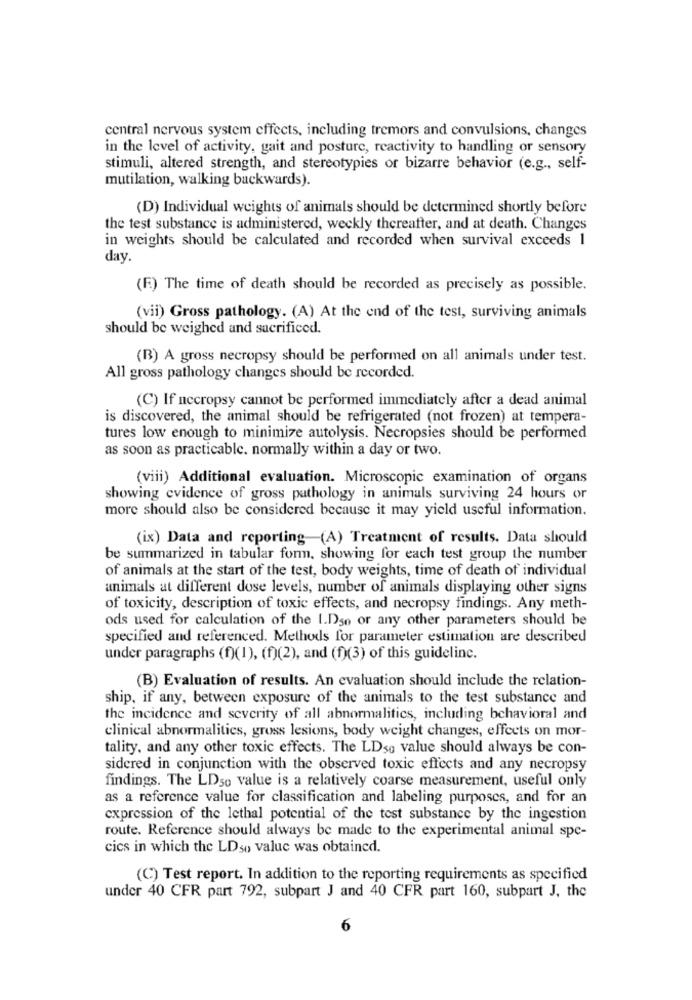
central nervous system effects, including tremors and convulsions, changes
in the level of activity, gait and posture, reactivity to handling or sensory
stimuli, altered strength, and stereotypies or bizarre behavior (e.g ., self-
mutilation, walking backwards).
(D) Individual weights of animals should be determined shortly before
the test substance is administered, weckly thereafter, and at death. Changes
in weights should be calculated and recorded when survival exceeds 1
day.
(F.) The time of death should be recorded as precisely as possible.
(vii) Gross pathology. (A) At the end of the test, surviving animals
should be weighed and sacrificed.
(B) A gross necropsy should be performed on all animals under test.
All gross pathology changes should be recorded.
(C) If necropsy cannot be performed immediately after a dead animal
is discovered, the animal should be refrigerated (not frozen) at tempera-
tures low enough to minimize autolysis. Necropsies should be performed
as soon as practicable. normally within a day or two.
(viii) Additional evaluation. Microscopic examination of organs
showing evidence of gross pathology in animals surviving 24 hours or
more should also be considered because it may yield useful information.
(ix) Data and reporting-(A) Treatment of results. Data should
be summarized in tabular form, showing for each test group the number
of animals at the start of the test, body weights, time of death of individual
animals at different dose levels, number of animals displaying other signs
of toxicity, description of toxic effects, and necropsy findings. Any meth-
ods used for calculation of the 1.Dso or any other parameters should be
specified and referenced. Methods for parameter estimation are described
under paragraphs (f)(1), (f)(2), and (f)(3) of this guidelinc.
(B) Evaluation of results. An evaluation should include the relation-
ship, if any, between exposure of the animals to the test substance and
the incidence and severity of all abnormalities, including behavioral and
clinical abnormalities, gross lesions, body weight changes, effects on mor-
tality, and any other toxic effects. The LDso value should always be con-
sidered in conjunction with the observed toxic effects and any necropsy
findings. The LD50 value is a relatively coarse measurement, useful only
as a reference value for classification and labeling purposes, and for an
expression of the lethal potential of the test substance by the ingestion
route. Reference should always be made to the experimental animal spe-
cics in which the LDso valuc was obtained.
(C) Test report. In addition to the reporting requirements as specified
under 40 CFR part 792, subpart J and 40 CFR part 160, subpart J, the
6